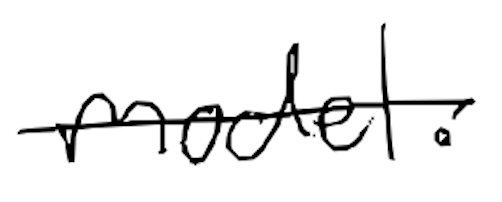
Text: model.
Cross-out: single-line
Writing tool: digital_black